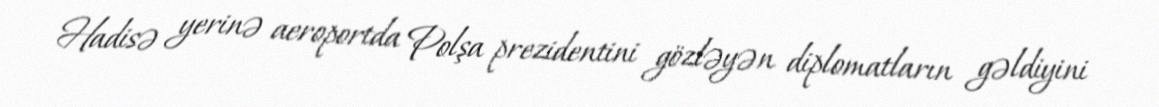
Hadisə yerinə aeroportda Polşa prezidentini gözləyən diplomatların gəldiyini